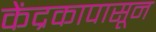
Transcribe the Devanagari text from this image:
केंद्रकापासून